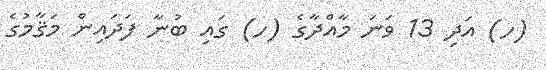
(ހ) އަދި 13 ވަނަ މާއްދާގެ (ހ) ގައި ބުނާ ފަދައިން މަޤާމުގެ